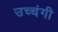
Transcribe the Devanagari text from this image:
उच्चंगी